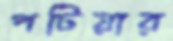
পটিয়ার